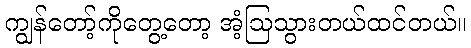
ကျွန်တော့်ကိုတွေ့တော့ အံ့ဩသွားတယ်ထင်တယ်။